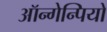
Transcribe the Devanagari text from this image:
ऑन्गेन्पियो